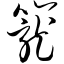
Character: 笼